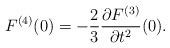
\begin{align*} F^{(4)}(0)=-\frac{2}{3}\frac{\partial F^{(3)}}{\partial t^2}(0).\end{align*}